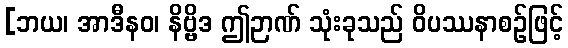
[ဘယ၊ အာဒီနဝ၊ နိဗ္ဗိဒ ဤဉာဏ် သုံးခုသည် ဝိပဿနာစဉ်ဖြင့်